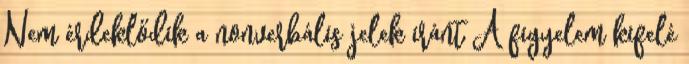
Nem érdeklődik a nonverbális jelek iránt A figyelem kifelé